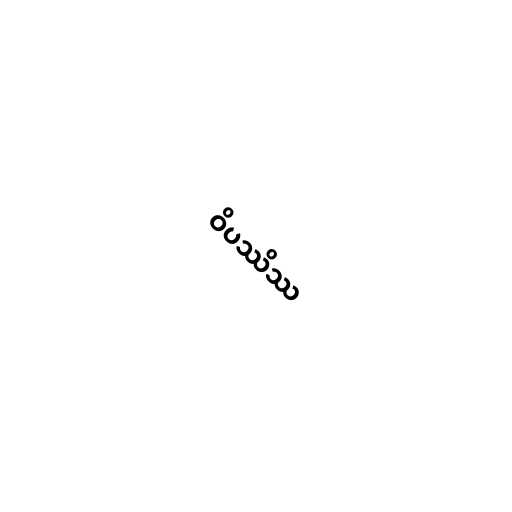
ဝိပဿိဿ